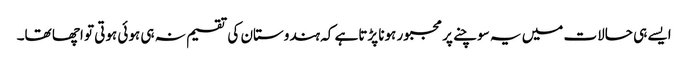
ایسے ہی حالات میں یہ سوچنے پر مجبور ہونا پڑتاہے کہ ہندوستان کی تقسیم نہ ہی ہوئی ہوتی تو اچھا تھا۔